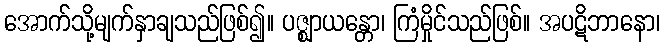
အောက်သို့မျက်နှာချသည်ဖြစ်၍။ ပဇ္ဈာယန္တော၊ ကြံမှိုင်သည်ဖြစ်။ အပဋိဘာနော၊